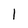
Character: 1